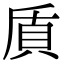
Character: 貭